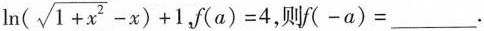
$$\ l n ( \sqrt { 1 + x ^ { 2 } } - x ) + 1$$,$$f ( a ) =$$ ，则$$f ( - a ) =$$___.